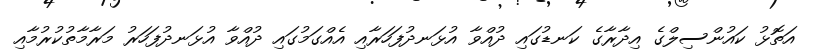
އަތޮޅު ކައުންސިލްގެ އިދާރާގެ ކަނޑުގައި ދުއްވާ އުޅަނދުފަހަރާއި އެއްގަމުގައި ދުއްވާ އުޅަނދުފަހަރު މަރާމާތުކުރުމާއި